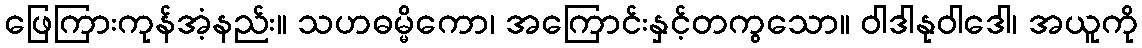
ဖြေကြားကုန်အံ့နည်း။ သဟဓမ္မိကော၊ အကြောင်းနှင့်တကွသော။ ဝါဒါနုဝါဒေါ၊ အယူကို